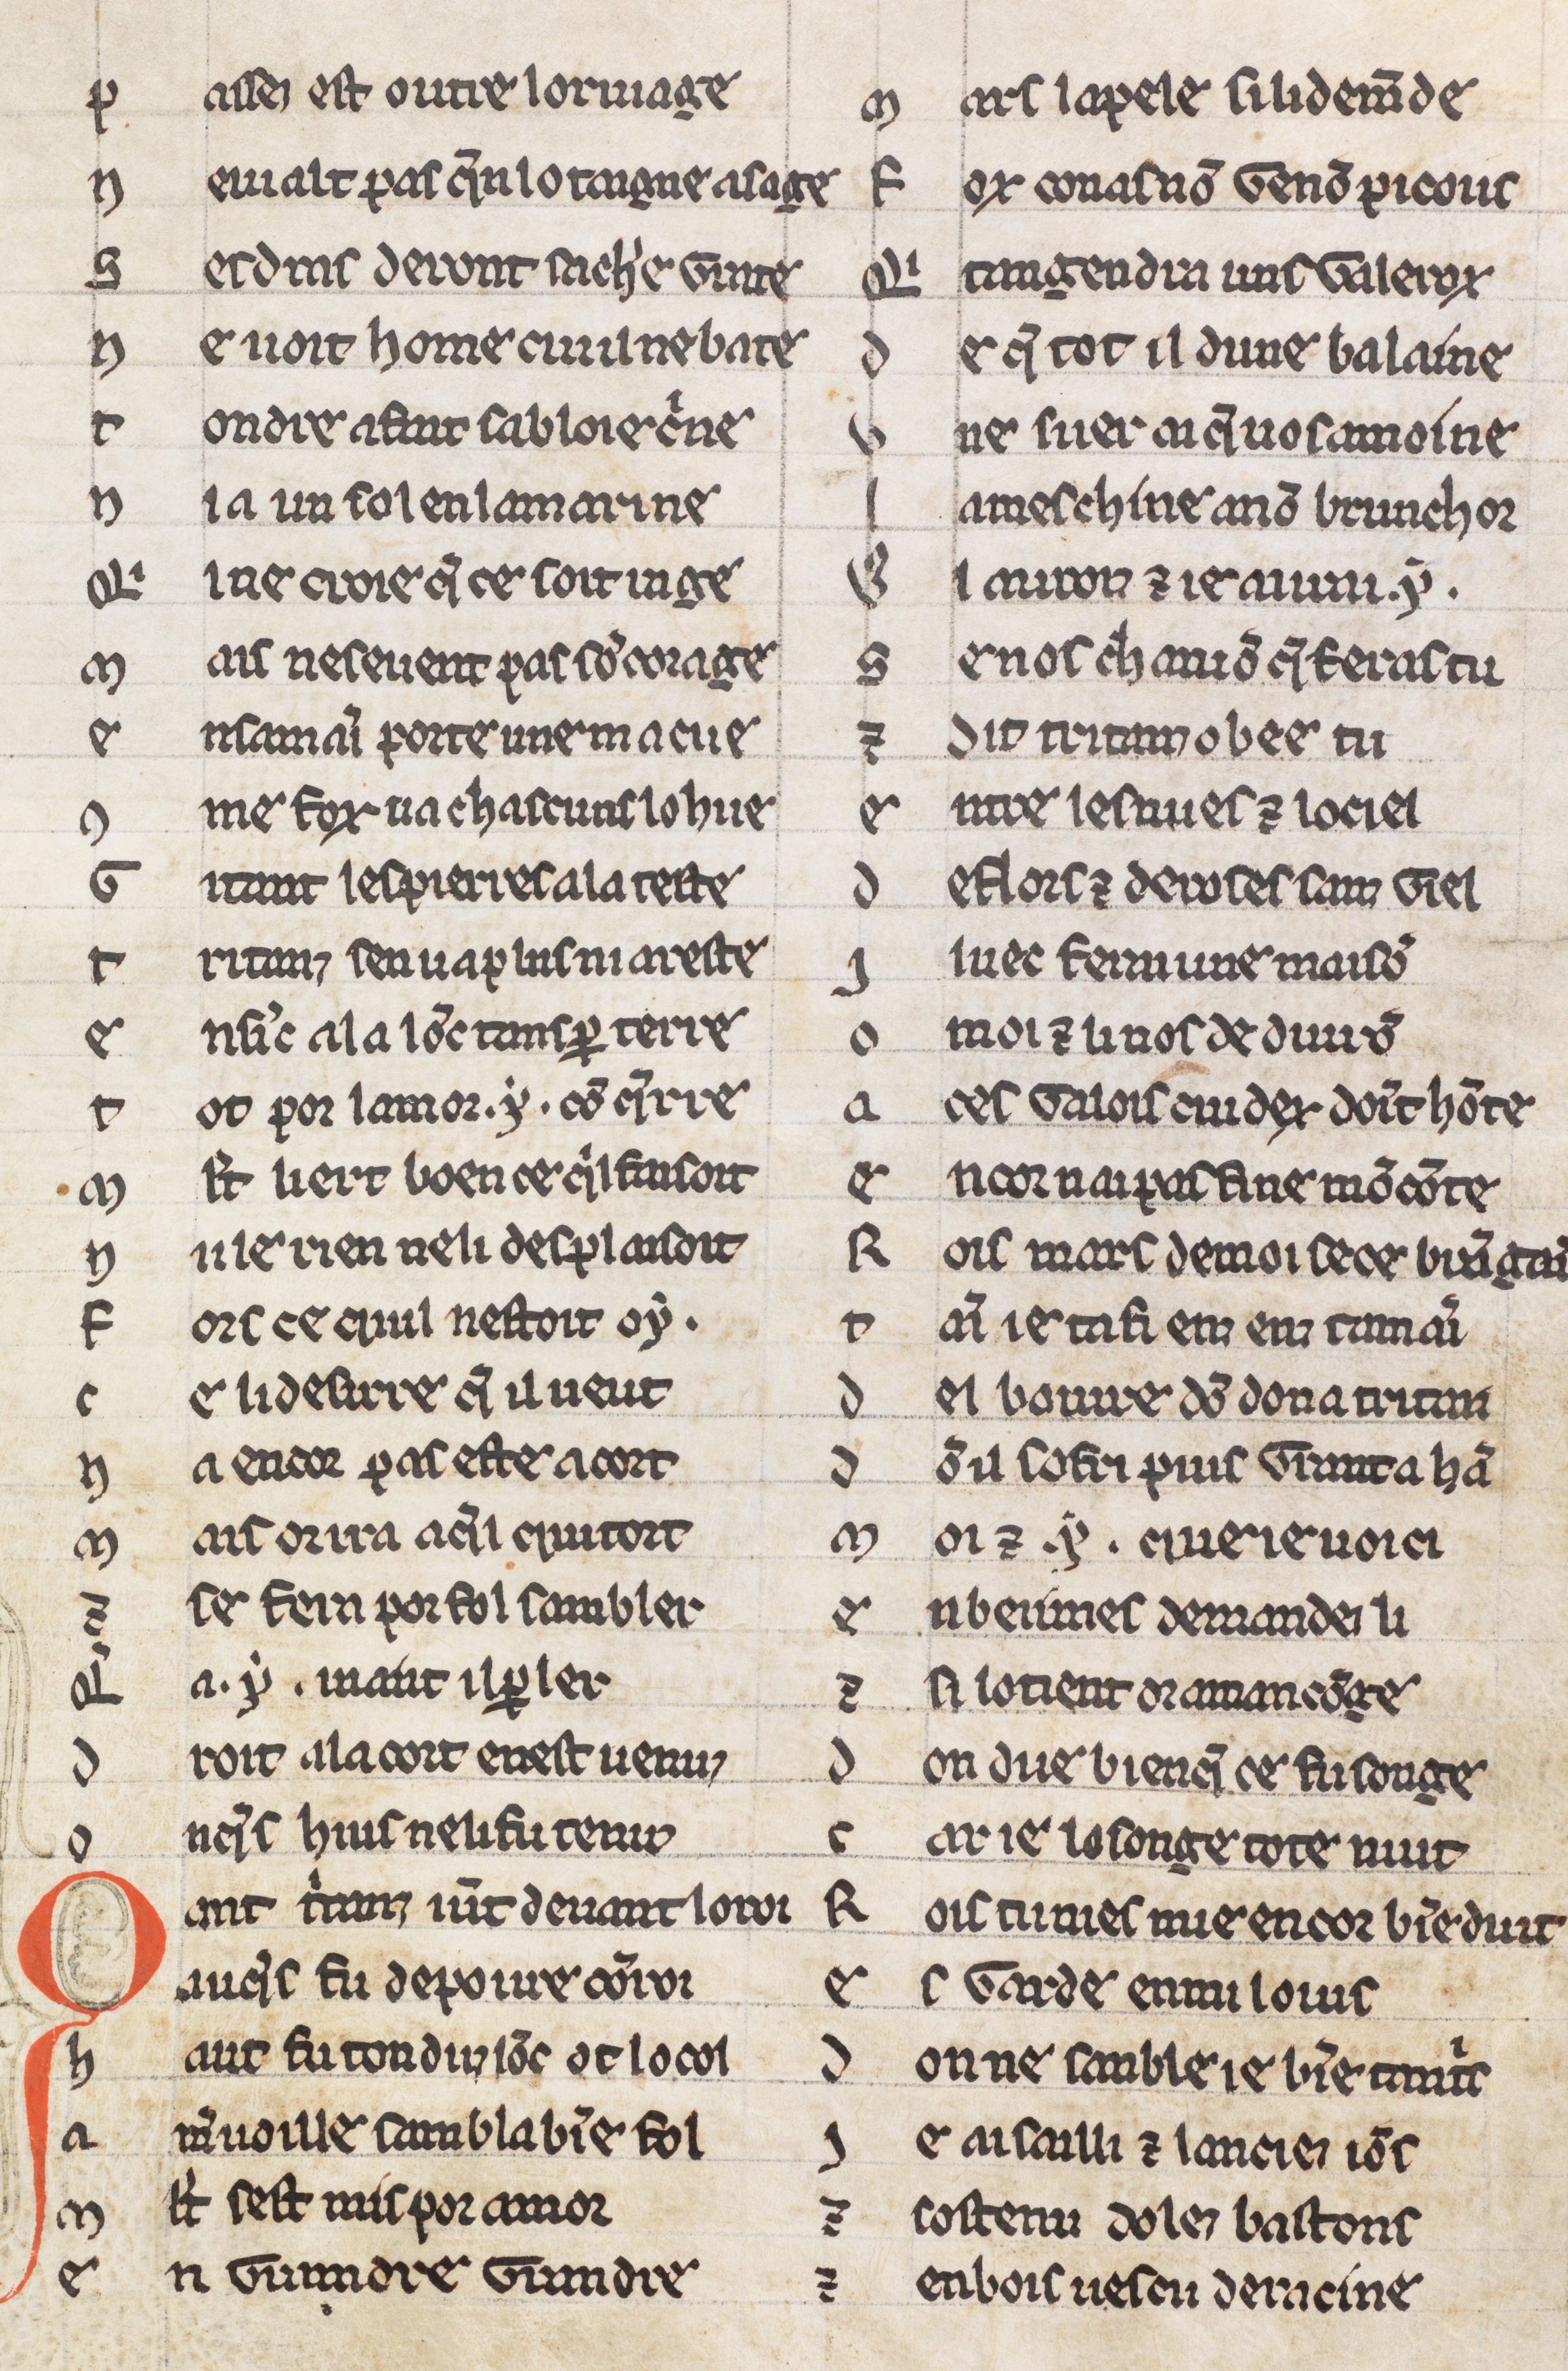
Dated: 1225–1249